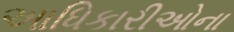
આધિકારીઓના